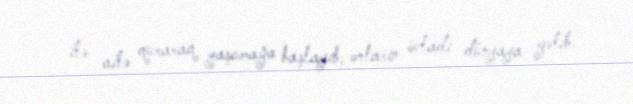
ilə ailə quraraq yaşamağa başlayıb, onların övladı dünyaya gəlib.